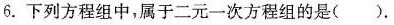
6.下列方程组中，属于二元一次方程组的是（）.